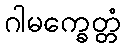
ဂါမက္ခေတ္တံ